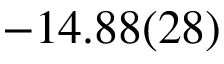
- 1 4 . 8 8 ( 2 8 )